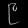
Digit: ၉